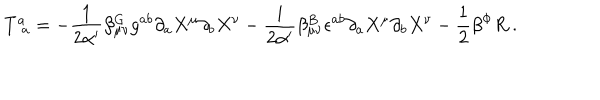
LaTeX: T _ { \phantom { a } a } ^ { a } = - { \frac { 1 } { 2 \alpha ^ { \prime } } } \beta _ { \mu \nu } ^ { G } g ^ { a b } \partial _ { a } X ^ { \mu } \partial _ { b } X ^ { \nu } - { \frac { i } { 2 \alpha ^ { \prime } } } \beta _ { \mu \nu } ^ { B } \epsilon ^ { a b } \partial _ { a } X ^ { \mu } \partial _ { b } X ^ { \nu } - { \frac { 1 } { 2 } } \beta ^ { \Phi } R \ .